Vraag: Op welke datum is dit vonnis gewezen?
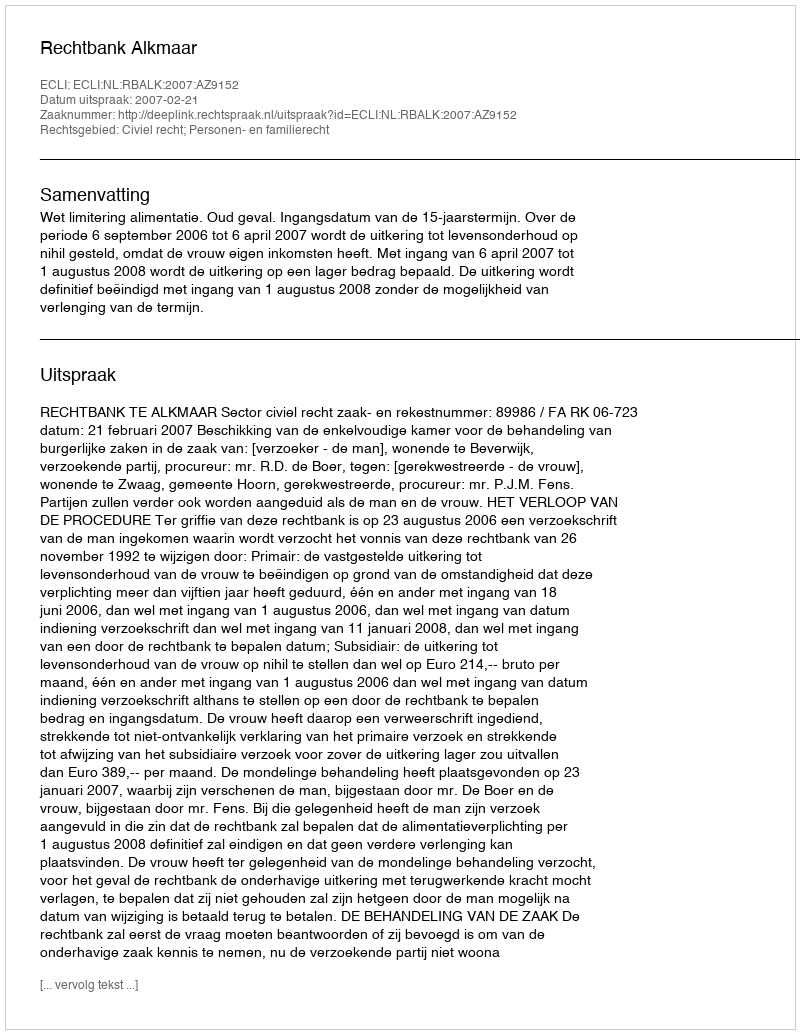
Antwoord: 2007-02-21